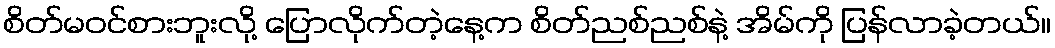
စိတ်မဝင်စားဘူးလို့ ပြောလိုက်တဲ့နေ့က စိတ်ညစ်ညစ်နဲ့ အိမ်ကို ပြန်လာခဲ့တယ်။